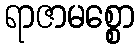
ရာဇာမစ္စော